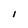
Character: I